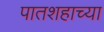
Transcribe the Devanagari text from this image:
पातशहाच्या